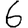
Digit: 6